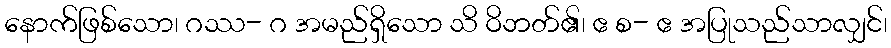
နောက်ဖြစ်သော၊ ဂဿ- ဂ အမည်ရှိသော သိ ဝိဘတ်၏၊ ဧ စ- ဧ အပြုသည်သာလျှင်၊